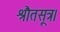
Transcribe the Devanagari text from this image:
श्रौतसूत्र।